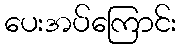
ပေးအပ်ကြောင်း